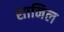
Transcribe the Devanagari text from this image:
शानिल